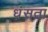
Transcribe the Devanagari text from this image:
धंसता